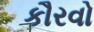
કૌરવો